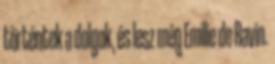
történtek a dolgok, és lesz még Emilie de Ravin.